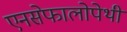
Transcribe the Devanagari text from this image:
एनसेफालोपेथी